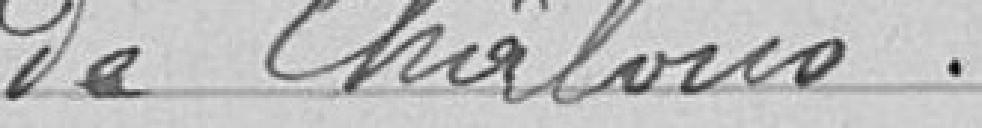
de Châlons.